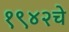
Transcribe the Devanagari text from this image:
१९४२चे